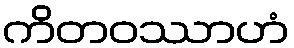
ကိတဝဿာဟံ